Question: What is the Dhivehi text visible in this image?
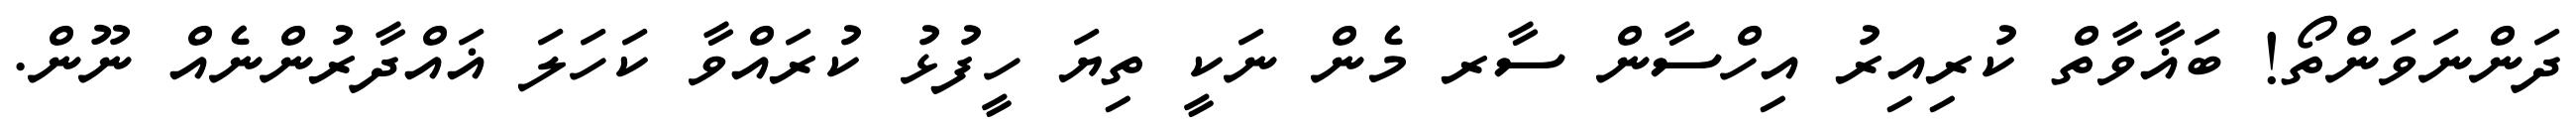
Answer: ދަންނަވަންތޯ! ބަޣާވާތް ކުރިއިރު އިހްސާން ސާރ މެން ނަކީ ތިޔަ ހީފުޅު ކުރައްވާ ކަހަލަ ޣައްދާރުންނެއް ނޫން.